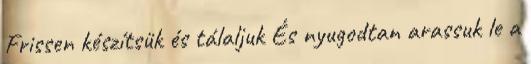
Frissen készítsük és tálaljuk És nyugodtan arassuk le a